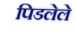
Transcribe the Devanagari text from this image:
पिडलेले